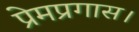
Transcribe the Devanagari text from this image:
प्रेमप्रगास।